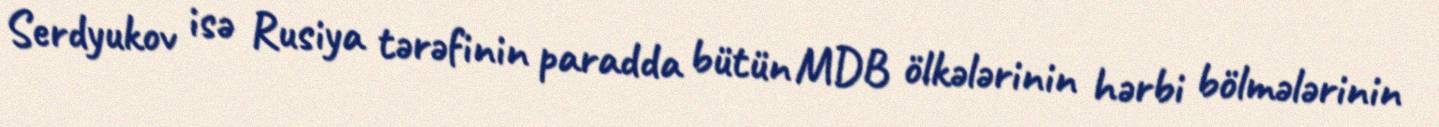
Serdyukov isə Rusiya tərəfinin paradda bütün MDB ölkələrinin hərbi bölmələrinin